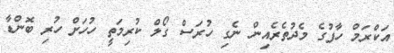
އަކްރަމް ހާފުގެ މެދުތެރެއިން ނެގި ހުރަސް ގޯލް ކުރިމަތީ ހުހަށް ހުރި ބޮންޑާ